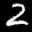
Label: 2